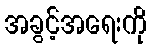
အခွင့်အရေးကို